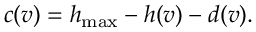
c ( v ) = h _ { \mathrm { m a x } } - h ( v ) - d ( v ) .